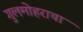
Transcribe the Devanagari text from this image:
गुलमोहराचा